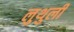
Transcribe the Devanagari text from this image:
लुथुली